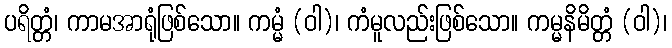
ပရိတ္တံ၊ ကာမအာရုံဖြစ်သော။ ကမ္မံ (ဝါ)၊ ကံမူလည်းဖြစ်သော။ ကမ္မနိမိတ္တံ (ဝါ)၊